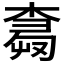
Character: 𰘕